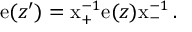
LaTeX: \mathrm { e } ( z ^ { \prime } ) = \mathrm { x } _ { + } ^ { - 1 } \mathrm { e } ( z ) \mathrm { x } _ { - } ^ { - 1 } \, .